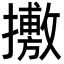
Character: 㩤